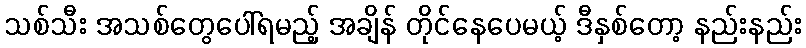
သစ်သီး အသစ်တွေပေါ်ရမည့် အချိန် တိုင်နေပေမယ့် ဒီနှစ်တော့ နည်းနည်း